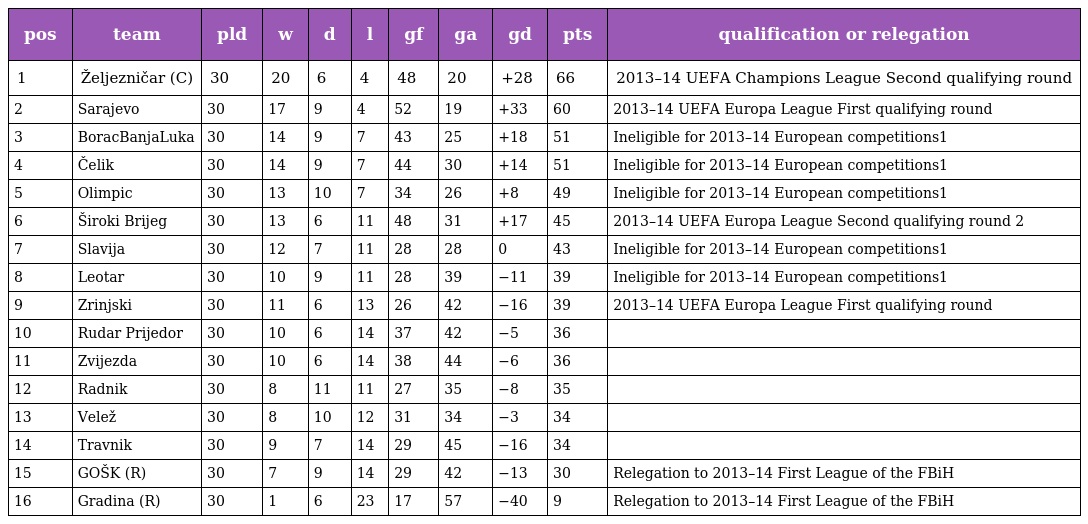
| pos | team | pld | w | d | l | gf | ga | gd | pts | qualification or relegation |
 | --- | --- | --- | --- | --- | --- | --- | --- | --- | --- | --- |
 | 1 | Željezničar (C) | 30 | 20 | 6 | 4 | 48 | 20 | +28 | 66 | 2013–14 UEFA Champions League Second qualifying round |
 | 2 | Sarajevo | 30 | 17 | 9 | 4 | 52 | 19 | +33 | 60 | 2013–14 UEFA Europa League First qualifying round |
 | 3 | BoracBanjaLuka | 30 | 14 | 9 | 7 | 43 | 25 | +18 | 51 | Ineligible for 2013–14 European competitions1 |
 | 4 | Čelik | 30 | 14 | 9 | 7 | 44 | 30 | +14 | 51 | Ineligible for 2013–14 European competitions1 |
 | 5 | Olimpic | 30 | 13 | 10 | 7 | 34 | 26 | +8 | 49 | Ineligible for 2013–14 European competitions1 |
 | 6 | Široki Brijeg | 30 | 13 | 6 | 11 | 48 | 31 | +17 | 45 | 2013–14 UEFA Europa League Second qualifying round 2 |
 | 7 | Slavija | 30 | 12 | 7 | 11 | 28 | 28 | 0 | 43 | Ineligible for 2013–14 European competitions1 |
 | 8 | Leotar | 30 | 10 | 9 | 11 | 28 | 39 | −11 | 39 | Ineligible for 2013–14 European competitions1 |
 | 9 | Zrinjski | 30 | 11 | 6 | 13 | 26 | 42 | −16 | 39 | 2013–14 UEFA Europa League First qualifying round |
 | 10 | Rudar Prijedor | 30 | 10 | 6 | 14 | 37 | 42 | −5 | 36 |  |
 | 11 | Zvijezda | 30 | 10 | 6 | 14 | 38 | 44 | −6 | 36 |  |
 | 12 | Radnik | 30 | 8 | 11 | 11 | 27 | 35 | −8 | 35 |  |
 | 13 | Velež | 30 | 8 | 10 | 12 | 31 | 34 | −3 | 34 |  |
 | 14 | Travnik | 30 | 9 | 7 | 14 | 29 | 45 | −16 | 34 |  |
 | 15 | GOŠK (R) | 30 | 7 | 9 | 14 | 29 | 42 | −13 | 30 | Relegation to 2013–14 First League of the FBiH |
 | 16 | Gradina (R) | 30 | 1 | 6 | 23 | 17 | 57 | −40 | 9 | Relegation to 2013–14 First League of the FBiH |